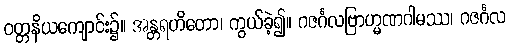
ဝတ္တနိယကျောင်း၌။ အန္တရဟိတော၊ ကွယ်ခဲ့၍။ ဂဇင်္ဂလဗြာဟ္မဏဂါမဿ၊ ဂဇင်္ဂလ